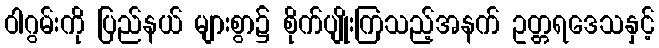
ဝါဂွမ်းကို ပြည်နယ် များစွာ၌ စိုက်ပျိုးကြသည့်အနက် ဥတ္တရဒေသနှင့်